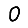
Digit: 0